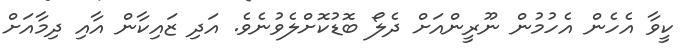
ކީވާ އެހެން އެހުމުން ނޫރީންއަށް ދެލޯ ބޮޑުކޮށްލެވުނެވެ. އަދި ޒައިކާން އާއި ދިމާއަށް